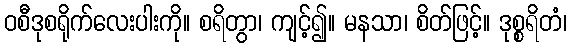
ဝစီဒုစရိုက်လေးပါးကို။ စရိတွာ၊ ကျင့်၍။ မနသာ၊ စိတ်ဖြင့်။ ဒုစ္စရိတံ၊